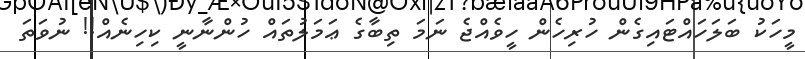
މީހަކު ބަލަހައްޓައިގެން ހުރިހެން ހީވެއްޖެ ނަމަ ތިބާގެ ޢަމަލުތައް ހުންނާނީ ކިހިނެއް!! ނުވަތަ